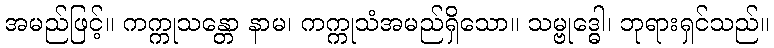
အမည်ဖြင့်။ ကက္ကုသန္တော နာမ၊ ကက္ကုသံအမည်ရှိသော။ သမ္ဗုဒ္ဓေါ၊ ဘုရားရှင်သည်။